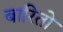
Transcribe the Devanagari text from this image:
बारितो